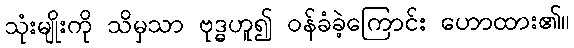
သုံးမျိုးကို သိမှသာ ဗုဒ္ဓဟူ၍ ဝန်ခံခဲ့ကြောင်း ဟောထား၏။